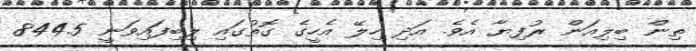
ތިން ބިލިއަން ރުފިޔާ އެވެ. އަދި ހިލޭ އެހީގެ ގޮތުގައި ލިބިފައިވަނީ 844.5